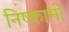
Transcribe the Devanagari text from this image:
निष्कामी